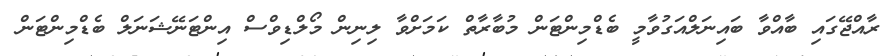
ރާއްޖޭގައި ބާއްވާ ބައިނަލްއަގުވާމީ ބެޑްމިންޓަން މުބާރާތް ކަމަށްވާ ލިނިން މޯލްޑިވްސް އިންޓަނޭޝަނަލް ބެޑްމިންޓަން